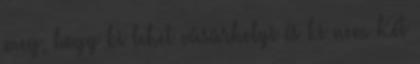
meg, hogy ki lehet vásárhelyi és ki nem Két